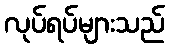
လုပ်ရပ်များသည်